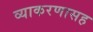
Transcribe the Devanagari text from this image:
व्याकरणासह